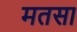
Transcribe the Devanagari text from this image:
मतसा